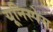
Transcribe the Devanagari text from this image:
यूनिस्पेस